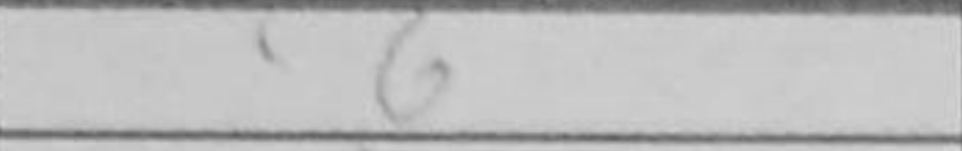
Transcription: c6